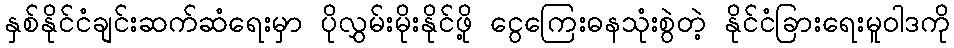
နှစ်နိုင်ငံချင်းဆက်ဆံရေးမှာ ပိုလွှမ်းမိုးနိုင်ဖို့ ငွေကြေးဓနသုံးစွဲတဲ့ နိုင်ငံခြားရေးမူဝါဒကို